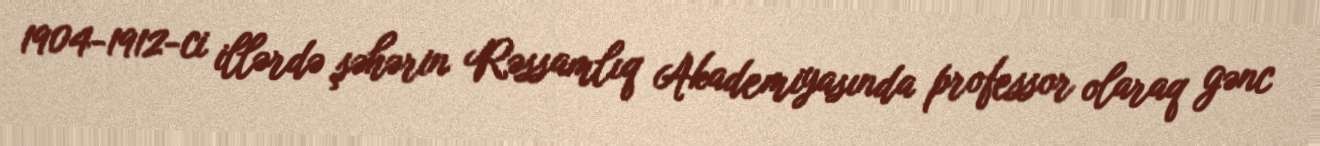
1904-1912-ci illərdə şəhərin Rəssamlıq Akademiyasında professor olaraq gənc